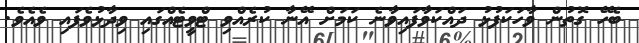
ބެހޭ ގޮތުން ވާހަކަފުޅު ދައްކަވާފައިވާނެ ކަމަށް އޭނާ ކުރެއްވި ޓްވީޓެއްގައި ވިދާޅުވެފައި ވެއެވެ.